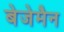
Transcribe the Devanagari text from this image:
बेजेमैन